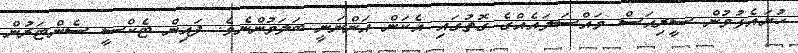
ހުށައެޅުމުން ސީރިއަސް މައްސަލައެއްގެ ގޮތުގައި އެކަން އަންނަނީ ބަލަމުންނެވެ. ފައިން ޓެކްސީ ސެންޓަރުން